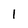
Character: I